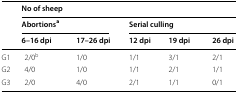
<table><thead><tr><td rowspan="3"></td><td colspan="6"><b>No of sheep</b></td></tr><tr><td colspan="3"><b>Abortions<sup>a</sup></b></td><td colspan="3"><b>Serial culling</b></td></tr><tr><td colspan="2"><b>6–16 dpi</b></td><td><b>17–26 dpi</b></td><td><b>12 dpi</b></td><td><b>19 dpi</b></td><td><b>26 dpi</b></td></tr></thead><tbody><tr><td colspan="2">G1</td><td>2/0<sup>b</sup></td><td>1/0</td><td>1/1</td><td>3/1</td><td>2/1</td></tr><tr><td colspan="2">G2</td><td>4/0</td><td>1/0</td><td>1/1</td><td>2/1</td><td>1/1</td></tr><tr><td colspan="2">G3</td><td>2/0</td><td>4/0</td><td>2/1</td><td>1/1</td><td>0/1</td></tr></tbody></table>